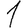
Digit: 1